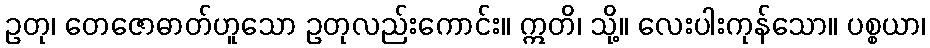
ဥတု၊ တေဇောဓာတ်ဟူသော ဥတုလည်းကောင်း။ ဣတိ၊ သို့။ လေးပါးကုန်သော။ ပစ္စယာ၊